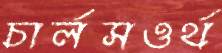
চার্লসওর্থ